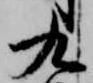
九